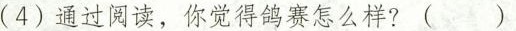
(4)通过阅读，你觉得鸽赛怎么样?( )